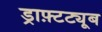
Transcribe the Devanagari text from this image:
ड्राफ़्टट्यूब